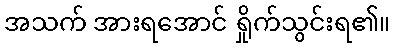
အသက် အားရအောင် ရှိုက်သွင်းရ၏။